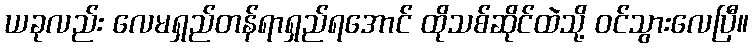
ယခုလည်း လေမရှည်တန်ရာရှည်ရအောင် ထိုသစ်ဆိုင်ထဲသို့ ဝင်သွားလေပြီ။